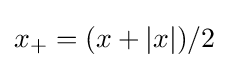
x_{+}=(x+|x|)/2